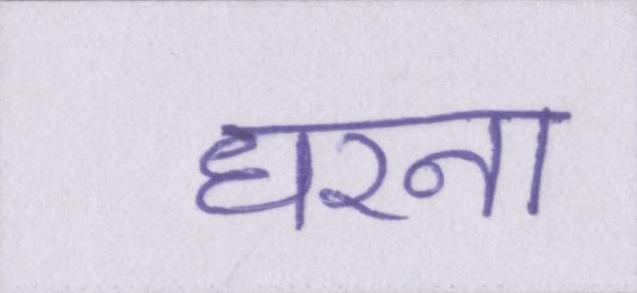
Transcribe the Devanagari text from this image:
धरना